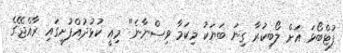
ފުޓްބޯޅަ އަށް ލޯބިކުރާ ގިނަ ބަޔަކު މިކަމާ ވިސްނާނެ" މިއީ ކުޅުދުއްފުށީގައި ރާއްޖޭގެ